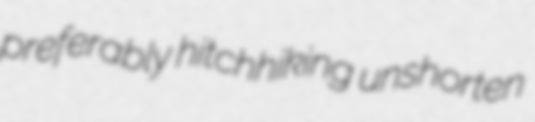
preferably hitchhiking unshorten